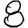
Digit: 8